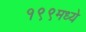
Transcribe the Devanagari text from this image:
१९९मध्ये